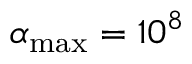
\alpha _ { \mathrm { m a x } } = 1 0 ^ { 8 }